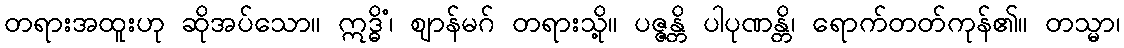
တရားအထူးဟု ဆိုအပ်သော။ ဣဒ္ဓိံ၊ ဈာန်မဂ် တရားသို့။ ပဇ္ဇန္တိ ပါပုဏန္တိ၊ ရောက်တတ်ကုန်၏။ တသ္မာ၊